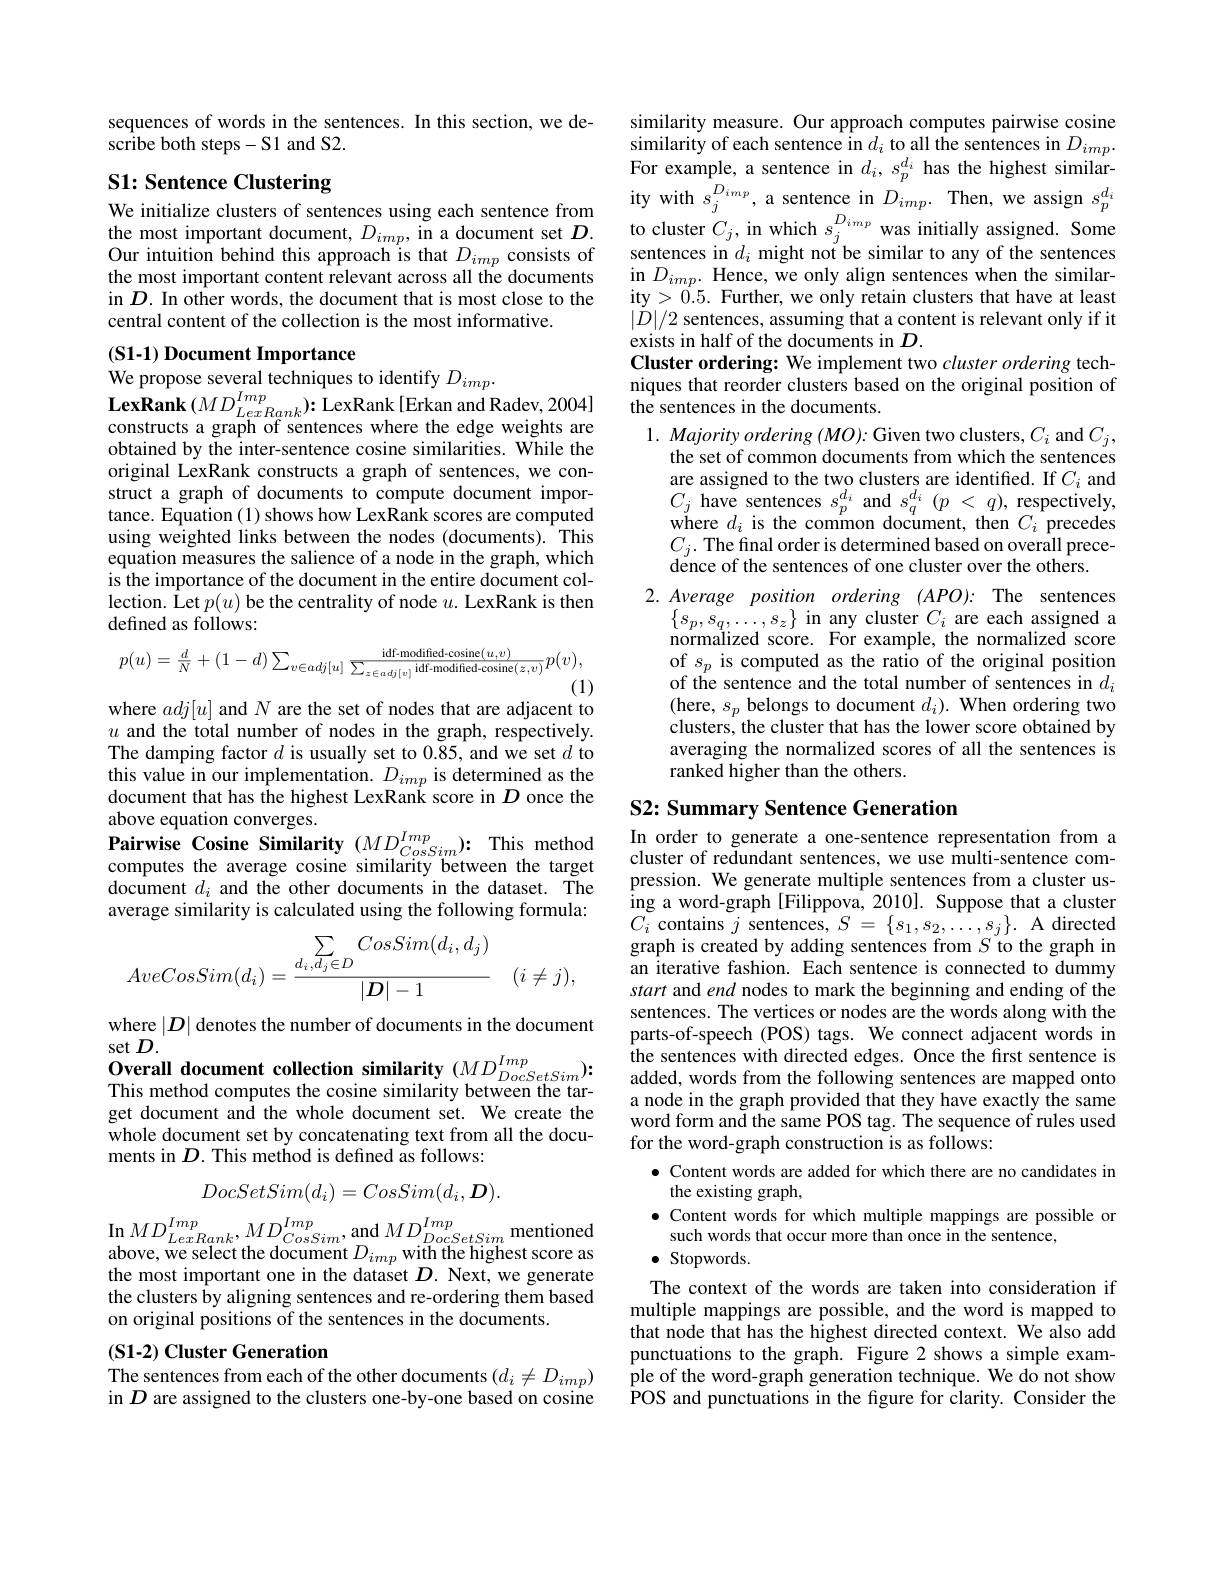
sequences of words in the sentences. In this section, we de-
scribe both steps-S1 and S2.

# S1: Sentence Clustering

We initialize clusters of sentences using each sentence from
we Intualze cusseis or senteliees usı ng eacli senlelice Inonı the most important document, $D_{imp}$,in a document set $D_{\cdot }$ to cluster $C_{j}$,in which $s_{\cdot }^{D_{imp}}$ was initially assigned. Some Our intuition behind this approach is that
the most important content relevant across all the documents in $D.$ In other words, the document that is most close to the central content of the collection is the most informative.

## (S1-1) Document Importance
We propose several techniques to identify $D_{imp}.$

$\mathbf{LexRank}(MD_{LexRank}^{Imp}){:}$LexRank[Erkan and Radev,2004]constructs a graph of sentences where the edge weights are obtained by the inter-sentence cosine similarities. While the original LexRank constructs a graph of sentences, we construct a graph of documents to compute document importance. Equation (1) shows how LexRank scores are computed using weighted links between the nodes (documents). This equation measures the salience of a node in the graph, which is the importance of the document in the entire document collection. Let $p(u)$ be the centrality of node $u.$ LexRank is then defined as follows:
$$p(u)=\frac{d}{N}+(1-d)\sum_{v\in adj[u]}\frac{\text{idf-modified-cosine}(u,v)}{\sum_{z\in adj[v]}\text{idf-modified-cosine}(z,v)}p(v),$$
(1)

where $adj[u]$ and $N$ are the set of nodes that are adjacent to

$u$ and the total number of nodes in the graph, respectively. The damping factor $d$ is usually set to 0.85, and we set $d$ to this value in our implementation. $D_{imp}$ is determined as the document that has the highest LexRank score in $D$ once the computes the average cosine similarity between the target $\hat{\text{document }d_i}$ and the other documents in the dataset. The average similarity is calculated using the following formula:
$$\begin{aligned}\sum_{\substack{d_i,d_j\in D}}CosSim(d_i,d_j)\\AveCosSim(d_i)=\frac{d_i,d_j\in D}{|D|-1}\quad(i\neq j),\end{aligned}$$
where $|D|$ denotes the number of documents in the document
set $D.$
$\begin{array}{l}{\textbf{Overall document collection similarity }(MD_{DocSetSim}^{Imp}):}\\{\text{This method computes the cosine similarity between the tar-}}\end{array}$ get document and the whole document set. We create the whole document set by concatenating text from all the documents in $D.$ This method is defined as follows:
$$DocSetSim(d_{i})=CosSim(d_{i},\boldsymbol{D}).$$
$\operatorname{In}MD_{LexRank}^{Imp},MD_{CosSim}^{Imp}$,and$MD_{DocSetSim}^{Imp}$mentioned $\begin{array}{l}{\mathrm{above,~we~select~the~document~}D_{imp}\text{with the highest score as}}\\{\mathrm{the~most~important~one~in~the~dataset~}D.~\mathrm{Next,~we~generate}}\end{array}$ the clusters by aligning sentences and re-ordering them based on original positions of the sentences in the documents.

## (S1-2) Cluster Generation
$\begin{array}{l}\text{The sentences from each of the other documents}\left(d_{i}\neq D_{imp}\right)\\\mathrm{in~}D\text{ are assigned to the clusters one-by-one based on cosine}\end{array}$

similarity measure. Our approach computes pairwise cosine similarity of each sentence in $d_i$ to all the sentence in $D_imp.$ For example, a sentence in $d_i,s_p^{d_i}$ has the highest similarity with $s_j^{D_{imp}}$, a sentence in $D_{imp}.$ Then, we assign $s_p^{d_i}$ $\begin{array}{l}{\mathrm{in~}D_{imp}.\mathrm{~Hence,~we~only~align~sentences~when~the~similar-}}\\{\mathrm{ity>0.5.~Further,~we~only~retain~clusters~that~have~at~least}}\end{array}$ $\begin{array}{l}|\dot{D}|/2\text{ sentences, assuming that a content is relevant only if it}\\\text{exists in half of the documents in }D.\end{array}$ Cluster ordering: We implement two cluster ordering techniques that reorder clusters based on the original position of the sentences in the documents
$1. \textit{ Majority ordering }( MO) {: }$Given two clusters, $C_i$ and $C_j$,
the set of common documents from which the sentences are assigned to the two clusters are identified. If $C_i$ and $C_{j}$ have sentences $s_p^{d_i}$ and $s_q^{d_i}( p$ < $q) $, respectively, where $d_i$ is the common document, then $C_i$ precedes $C_{j}.$ The final order is determined based on overall precedence of the sentences of one cluster over the others.
$2. Average$ position ordering $( APO) :$ The sentences
$\begin{array}{l}\{s_p,s_q,\ldots,s_z\}\text{ in any cluster }C_i\text{ are each assigned a}\\\text{normalized score. For example, the normalized score}\end{array}$ $\begin{array}{ll}\mathrm{of~}s_p\text{ is computed as the ratio of the original position}\\\mathrm{of~the~sentence~and~the~total~number~of~sentences~in~}d_i\end{array}$ (here, $s_p$ belongs to document $d_i).$ When ordering two clusters, the cluster that has the lower score obtained by averaging the normalized scores of all the sentences is ranked higher than the others.

## S2: Summary Sentence Generation above equation converges. $\textbf{Pairwise Cosine Similarity }( MD_{CossSim}^{Imp}) {: }$ This method In order to generate a one- sentence representation from a computes the average cosine similarity between the taroet

cluster of redundant sentences, we use multi-sentence compression. We generate multiple sentences from a cluster using a word-graph[Filippova, 2010]. Suppose that a cluster $C_{i}$ contains $j$ sentences, $S=\{s_1,s_2,\ldots,s_j\}.$ A directed graph is created by adding sentences from $S$ to the graph in an iterative fashion. Each sentence is connected to dummy start and end nodes to mark the beginning and ending of the sentences. The vertices or nodes are the words along with the parts-of-speech (POS) tags. We connect adjacent words in the sentences with directed edges. Once the first sentence is added, words from the following sentences are mapped onto a node in the graph provided that they have exactly the same word form and the same POS tag. The sequence of rules used for the word-graph construction is as follows:
$\bullet$ Content words are added for which there are no candidates in
the existing graph,
$\bullet$ Content words for which multiple mappings are possible or
such words that occur more than once in the sentence,
$\bullet$ Stopwords.
The context of the words are taken into consideration if multiple mappings are possible, and the word is mapped to that node that has the highest directed context. We also add punctuations to the graph. Figure 2 shows a simple example of the word-graph generation technique. We do not show POS and punctuations in the figure for clarity. Consider the